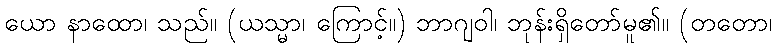
ယော နာထော၊ သည်။ (ယသ္မာ၊ ကြောင့်။) ဘာဂျဝါ၊ ဘုန်းရှိတော်မူ၏။ (တတော၊